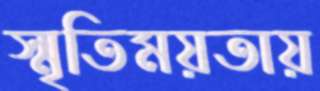
স্মৃতিময়তায়